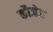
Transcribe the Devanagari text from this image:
कौजेज